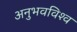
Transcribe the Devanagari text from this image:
अनुभवविश्‍व